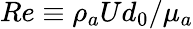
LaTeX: Re\equiv\rho_{a}Ud_{0}/\mu_{a}